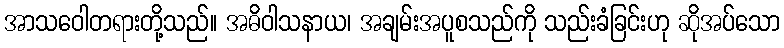
အာသဝေါတရားတို့သည်။ အဓိဝါသနာယ၊ အချမ်းအပူစသည်ကို သည်းခံခြင်းဟု ဆိုအပ်သော